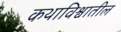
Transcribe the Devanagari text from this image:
कथाविश्वातील